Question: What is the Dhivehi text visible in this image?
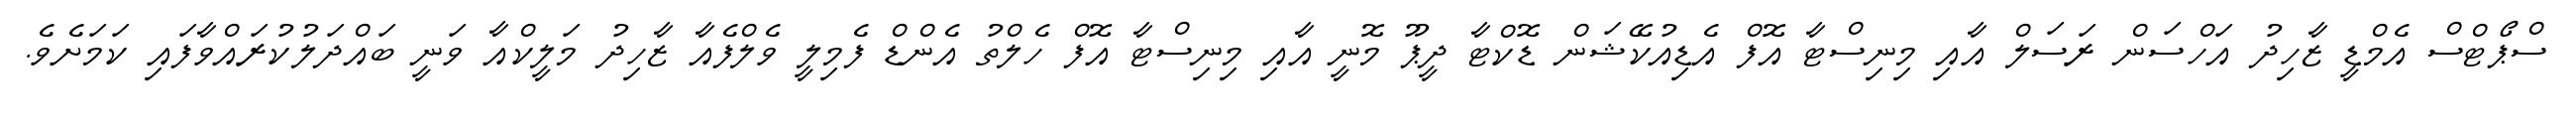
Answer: ސްޕޯޓްސް އެމްޑީ ޒާހިދު އަހްސަން ރަސަލް އާއި މިނިސްޓާ އޮފް އެޑިއުކޭޝަން ޑޮކްޓާ ދީޕޫ މޮނީ އާއި މިނިސްޓާ އޮފް ހެލްތު އެންޑް ފެމިލީ ވެލްފެއާ ޒާހިދު މަލީކްއާ ވަނީ ބައްދަލުކުރައްވާފައި ކަމަށެވެ.